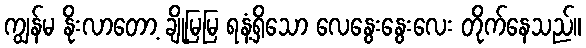
ကျွန်မ နိုးလာတော့ ချိုမြမြ ရနံ့ရှိသော လေနွေးနွေးလေး တိုက်နေသည်။